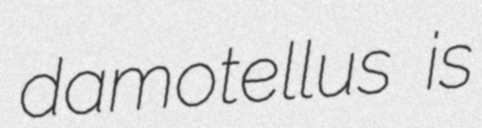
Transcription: damotellus is